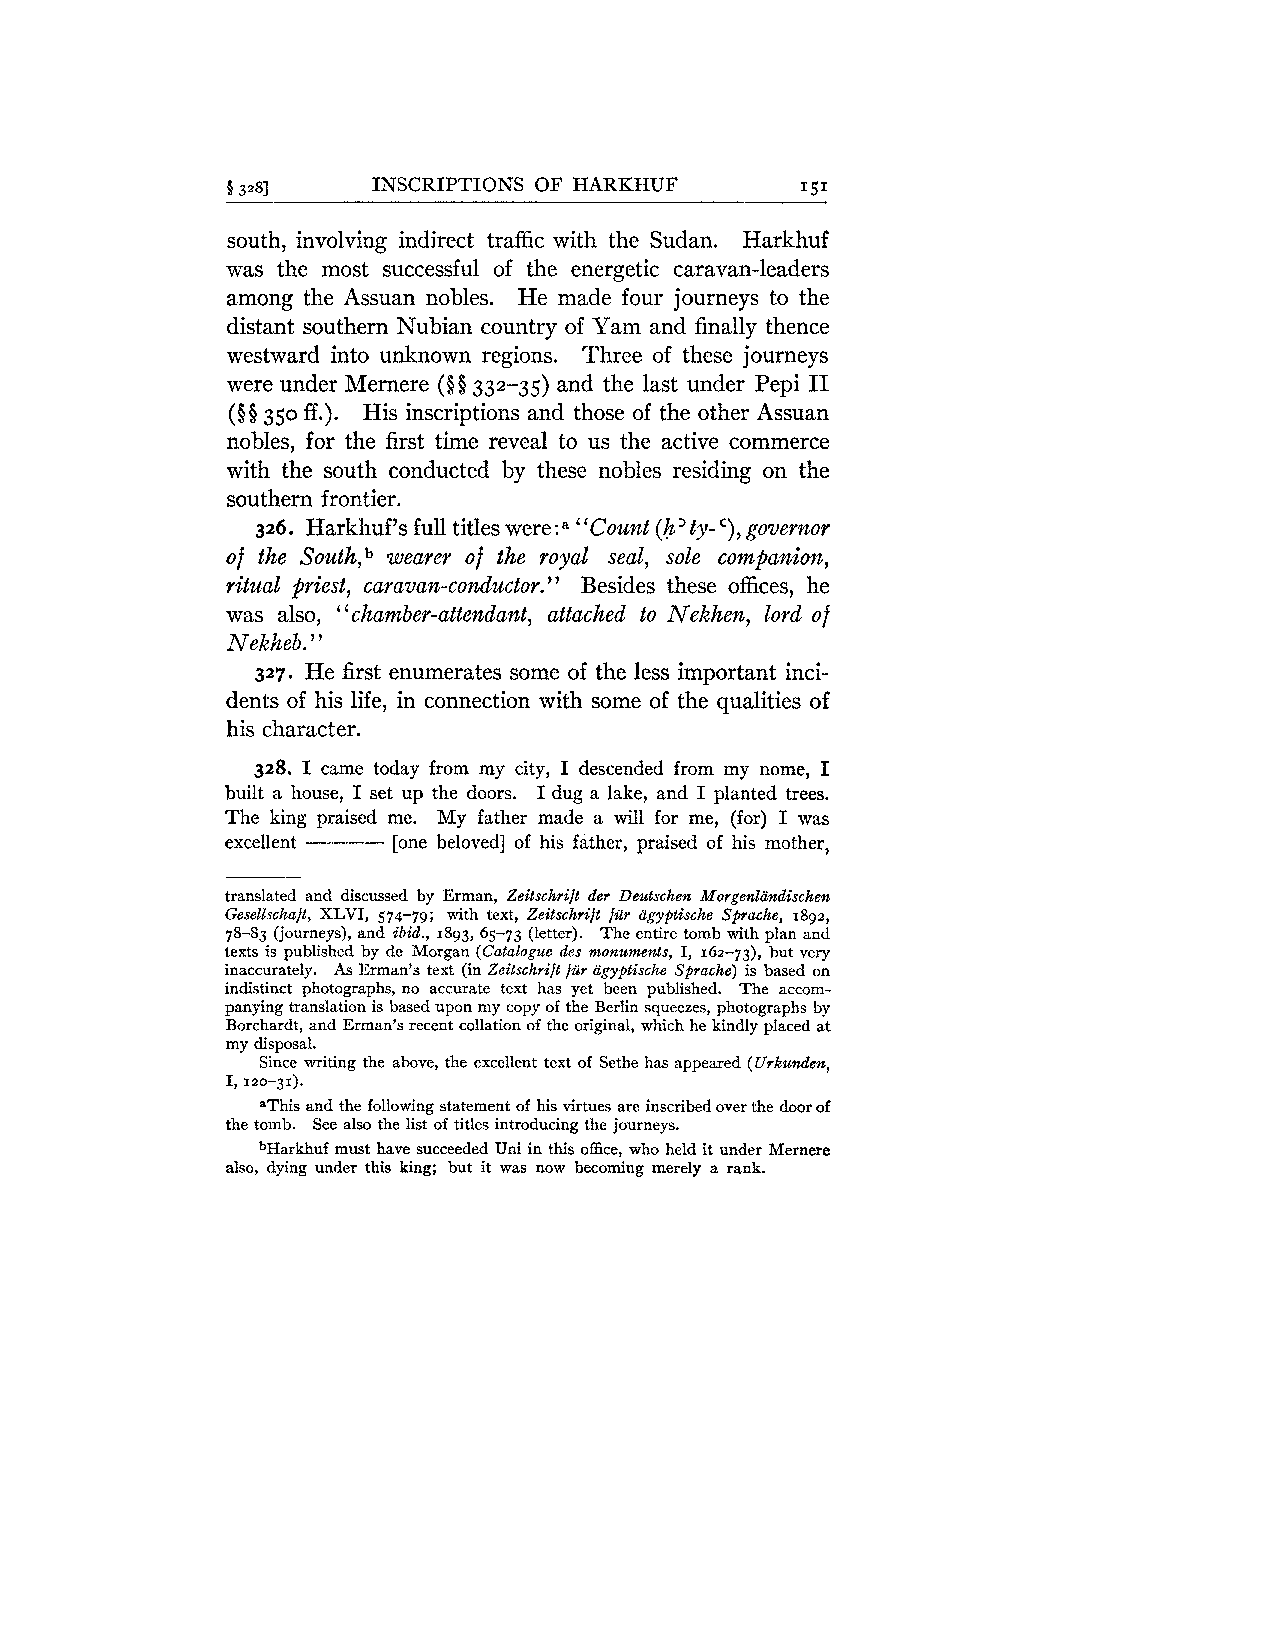
6 3281    INSCRIPTIONS OF HARKHUF     151
 south, involving indirect traffic with the Sudan. Harkhuf
 was the most successful of the energetic caravan-leaders
 among the Assuan nobles. He made four journeys to the
 distant southern Nubian country of Yam and finally thence
 westward into unknown regions. Three of these journeys
 were under Mernere (Qi332-35) and the last under Pepi I1
 (QQ35 0 ff.). His inscriptions and those of the other Assuan
 nobles, for the first time reveal to us the active commerce
 with the south conducted by these nobles residing on the
 southern frontier.
 326. Harkhuf's full titles were :a "Count (h' ty- C), governor
 of the South,b wearer of the royal seal, sole companion,
 ritual priest, caravan-conductor." Besides these offices, he
 was also, "chamber-attendant, attached to Nekhen, lord of
 Nekheb. ' '
 327. He first enumerates some of the less important inci-
 dents of his life, in connection with some of the qualities of
 his character.
 328. I came today from my city, I descended from my nome, I
 built a house, I set up the doors. I dug a lake, and I planted trees.
 The king praised me. My father made a will for me, (for) I was
 excellent -- [one beloved] of his father, praised of his mother,
 translated and discussed by Erman, Zeitschrift der Deutschen Morgenliindischen
 Gesellschaft, XLVI, 574-79; with text, Zeitschrift far agyptische Sprache, 1892,
 78-83 (journeys), and ibid., 1893, 65-73 (letter). The entire tomb with plan and
 texts is published by de Morgan (Catalogue des monuments, I, 162-73), but very
 inaccurately. As Erman's text (in Zeitschrijt far agyptische Sprache) is based on
 indistinct photographs, no accurate text has yet been published. The accom-
 panying translation is based upon my copy of the Berlin squeezes, photographs by
 Borchardt, and Erman's recent collation of the original, which he kindly placed at
 my disposal.
 Since writing the above, the excellent text of Sethe has appeared (Urkunden,
 I, 120-31).
 aThis and the following statement of his virtues are inscribed over the door of
 the tomb. See also the list of titles introducing the journeys.
 bHarkhuf must have succeeded Uni in this office, who held it under Mernere
 also, dying under this king; but it was now becoming merely a rank.